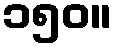
၁၅၀။